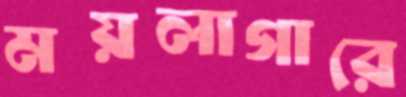
ময়লাগারে